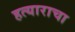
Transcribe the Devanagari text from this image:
हत्याराचा